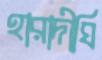
হারাদীঘি